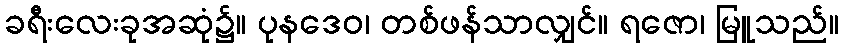
ခရီးလေးခုအဆုံ၌။ ပုနဒေဝ၊ တစ်ဖန်သာလျှင်။ ရဇော၊ မြူသည်။